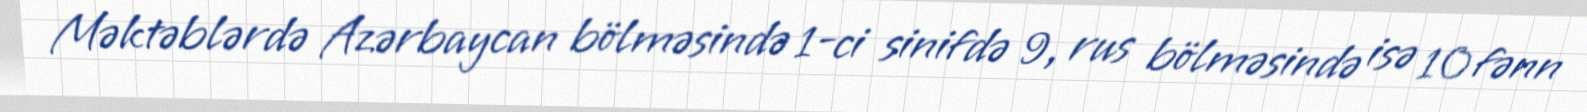
Məktəblərdə Azərbaycan bölməsində 1-ci sinifdə 9, rus bölməsində isə 10 fənn